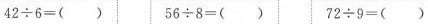
$$4 2 \div 6 = ( )$$ $$5 6 \div 8 = ( )$$ $$7 2 \div 9 = ( )$$